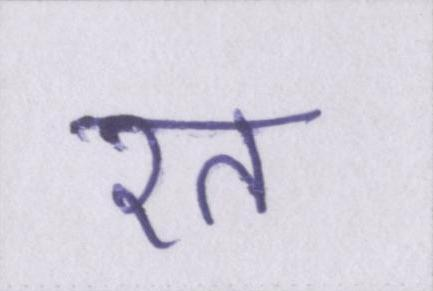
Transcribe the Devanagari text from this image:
रत